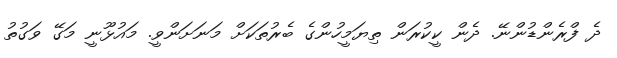
ދެ ފްރެންޑުންނޭ. ދެން ކީކުރަން ތިޔަމީހުންގެ ބެރުތަކަށް މަނަށަންވީ. މައުޅޫނީ މަގޭ ވަގުތު